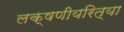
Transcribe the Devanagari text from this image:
लक्षणीयरित्या